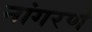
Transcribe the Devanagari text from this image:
नांगरणे